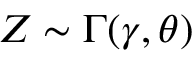
Z \sim \Gamma ( \gamma , \theta )